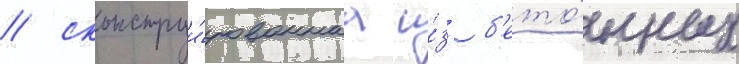
/ сконструи́рованнаа и́з б'ето́нных